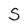
Character: S